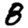
Digit: 8